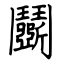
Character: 鬭